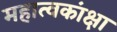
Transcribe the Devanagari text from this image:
महात्वकांक्षा